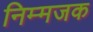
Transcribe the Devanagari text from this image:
निम्मजक